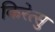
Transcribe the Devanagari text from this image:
किरेत्सु